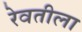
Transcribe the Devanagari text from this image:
रेवतीला